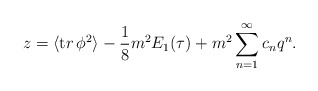
\begin{align*}z=\langle {\mathrm tr }\, \phi ^2\rangle - {1\over 8} m^2 E_1(\tau ) +m^2 \sum_{n=1}^{\infty}c_{n}q^{n}.\end{align*}